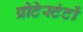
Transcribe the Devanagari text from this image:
प्रोटेस्टंटों